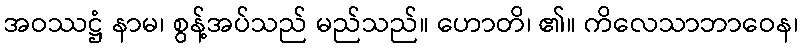
အဝဿဋ္ဌံ နာမ၊ စွန့်အပ်သည် မည်သည်။ ဟောတိ၊ ၏။ ကိလေသာဘာဝေန၊